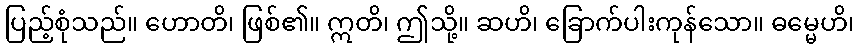
ပြည့်စုံသည်။ ဟောတိ၊ ဖြစ်၏။ ဣတိ၊ ဤသို့။ ဆဟိ၊ ခြောက်ပါးကုန်သော။ ဓမ္မေဟိ၊